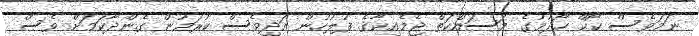
ނަމަވެސް ކޯކް ހޯދުމުގެ މަސައްކަތް ޖެމެއިކާގެ ފުލުހުން އަދިވެސް ކުރަމުން ގެންދާކަމަށް ވެސް